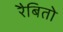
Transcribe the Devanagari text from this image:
रैबितो